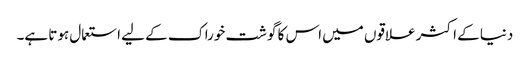
دنیا کے اکثر علاقوں میں اس کا گوشت خوراک کے لیے استعمال ہوتا ہے۔